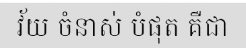
វ័យ ចំនាស់ បំផុត គឺជា